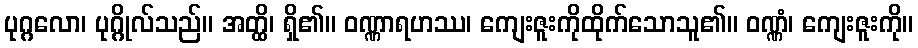
ပုဂ္ဂလော၊ ပုဂ္ဂိုလ်သည်။ အတ္ထိ၊ ရှိ၏။ ဝဏ္ဏာရဟဿ၊ ကျေးဇူးကိုထိုက်သောသူ၏။ ဝဏ္ဏံ၊ ကျေးဇူးကို။